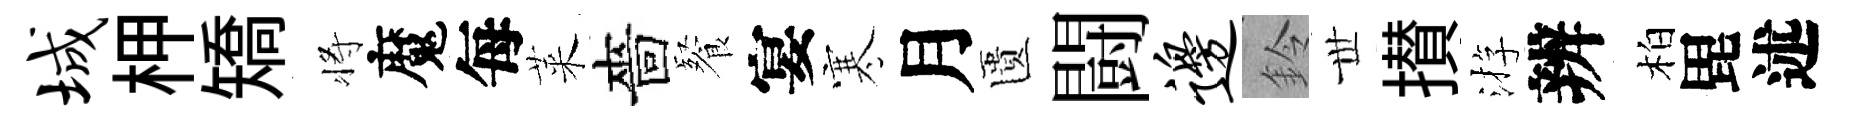
城柙矯将魔每萊嗇餐宴寒月匱闘边鈴𠀍攅㳺辨柏毘述